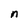
Character: n